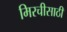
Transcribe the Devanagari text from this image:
मिरचीसाठी